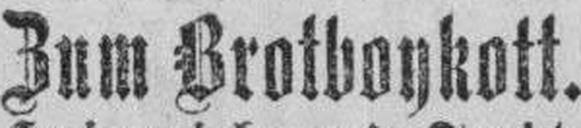
Zum Brotboykott.